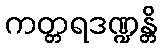
ကတ္တရဒဏ္ဍန္တိ